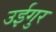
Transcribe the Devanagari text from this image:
उईगुर